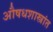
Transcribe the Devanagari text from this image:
औषधशास्त्रांत